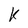
Character: K